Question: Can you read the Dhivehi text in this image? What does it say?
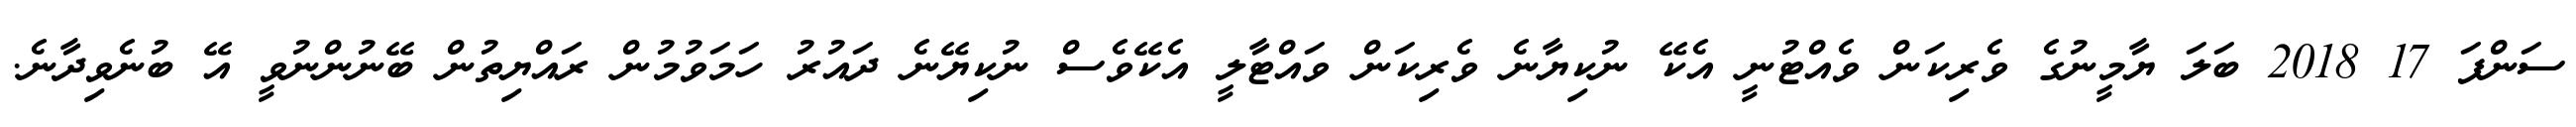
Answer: ސަންފަ 17 2018 ބަލަ ޔާމީނުގެ ވެރިކަން ވެއްޓުނީ އެކޭ ނުކިޔާނެ ވެރިކަން ވައްޓާލީ އެކޭވެސް ނުކިޔޭނެ ދައުރު ހަމަވުމުން ރައްޔިތުން ބޭނުންނުވީ އޭ ބުނެވިދާނެ.